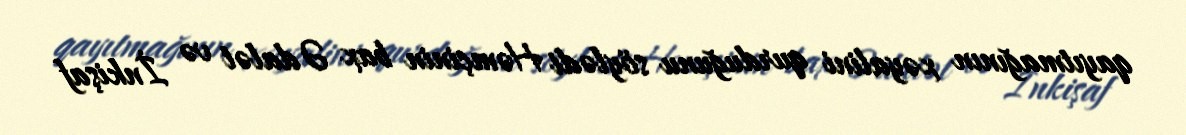
qayıtmağının xəyalini qurduğunu söylədi Həmçinin bax Ədalət və İnkişaf